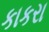
કાકરા